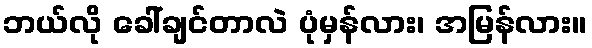
ဘယ်လို ခေါ်ချင်တာလဲ ပုံမှန်လား၊ အမြန်လား။